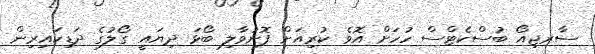
ސާރޖިއޯ ބުސްކެޓްސް ހުހަށް އޮވެ ކުރިއަށް ފޮނުވާލި ބޯޅަ ދިޔައީ ގޯލުގެ ދަޑިކައިރިން